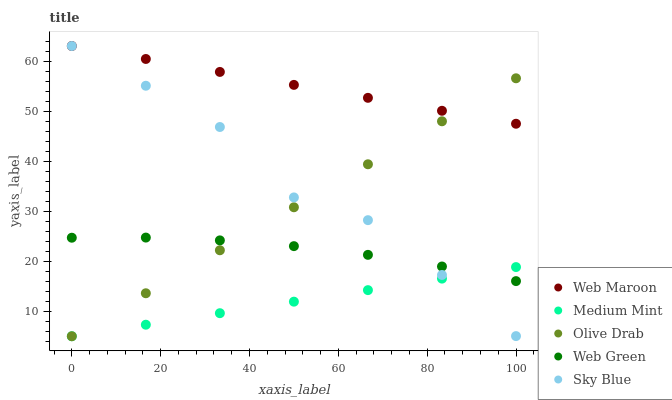
| xaxis_label | Web Maroon | Medium Mint | Olive Drab | Web Green | Sky Blue |
 | --- | --- | --- | --- | --- | --- |
 | 0 | 63 | 5 | 5 | 24.7 | 63 |
 | 16.7 | 60.4 | 7.3 | 13.6 | 24.7 | 55.1 |
 | 33.3 | 57.8 | 9.61 | 22.2 | 24.2 | 46.8 |
 | 50 | 55.2 | 11.9 | 30.8 | 23 | 32.7 |
 | 66.7 | 52.6 | 14.2 | 39.4 | 21.3 | 28.2 |
 | 83.3 | 50.1 | 16.5 | 48 | 18.9 | 17.2 |
 | 100 | 47.5 | 18.8 | 56.6 | 16 | 5.03 |